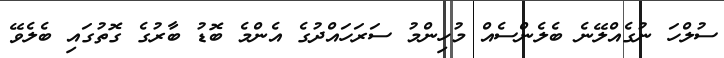
ސުލްހަ ނުގެއްލޭނެ ބެލެންސެއް މުހިންމު ސަރަހައްދުގެ އެންމެ ބޮޑު ބާރުގެ ގޮތުގައި ބެލެވޭ